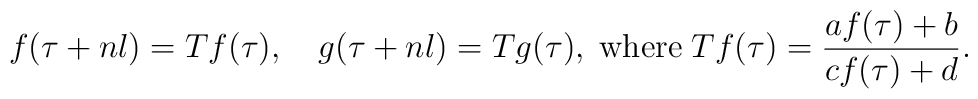
f(\tau+n l)=T f(\tau),\quad g(\tau+nl)=T g(\tau),\;\mbox{where}\;T f(\tau)=\frac{a f(\tau)+b}{c f(\tau)+d}.